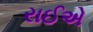
રાઈએ